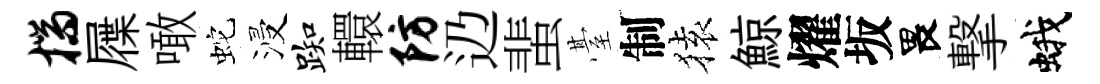
揣屧噉蛇浸踟轘防辸蜚䑓制𫞤鯨燿坂畏撃蛾